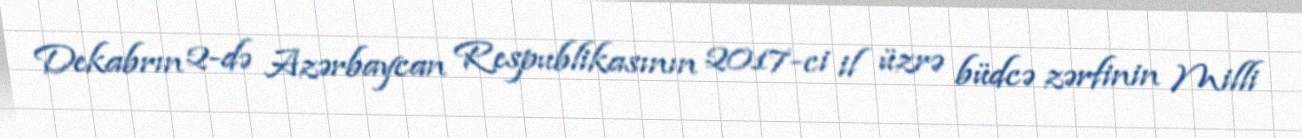
Dekabrın 2-də Azərbaycan Respublikasının 2017-ci il üzrə büdcə zərfinin Milli